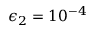
\epsilon _ { 2 } = 1 0 ^ { - 4 }